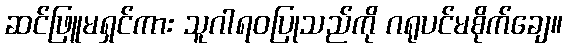
ဆင်ဖြူမရှင်ကား သူဂါရဝပြုသည်ကို ဂရုပင်မစိုက်ချေ။